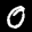
Label: 0